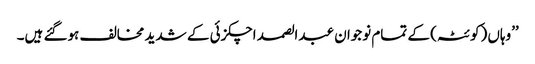
’’وہاں (کوئٹہ) کے تمام نوجوان عبدالصمد اچکزئی کے شدید مخالف ہوگئے ہیں۔